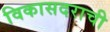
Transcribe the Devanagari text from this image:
विकासदराची